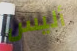
أليس